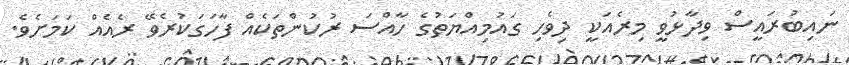
ނައިބުރައީސް ވިދާޅުވީ މިރެއަކީ ދިވެހި ގައުމިއްޔަތުގެ ހާއްސަ ރުކުންތަކެއް ފާހަގަކުރެވޭ ރެއެއް ކަމަށެވެ.